Laimjala_vallavalitsus, lk 40
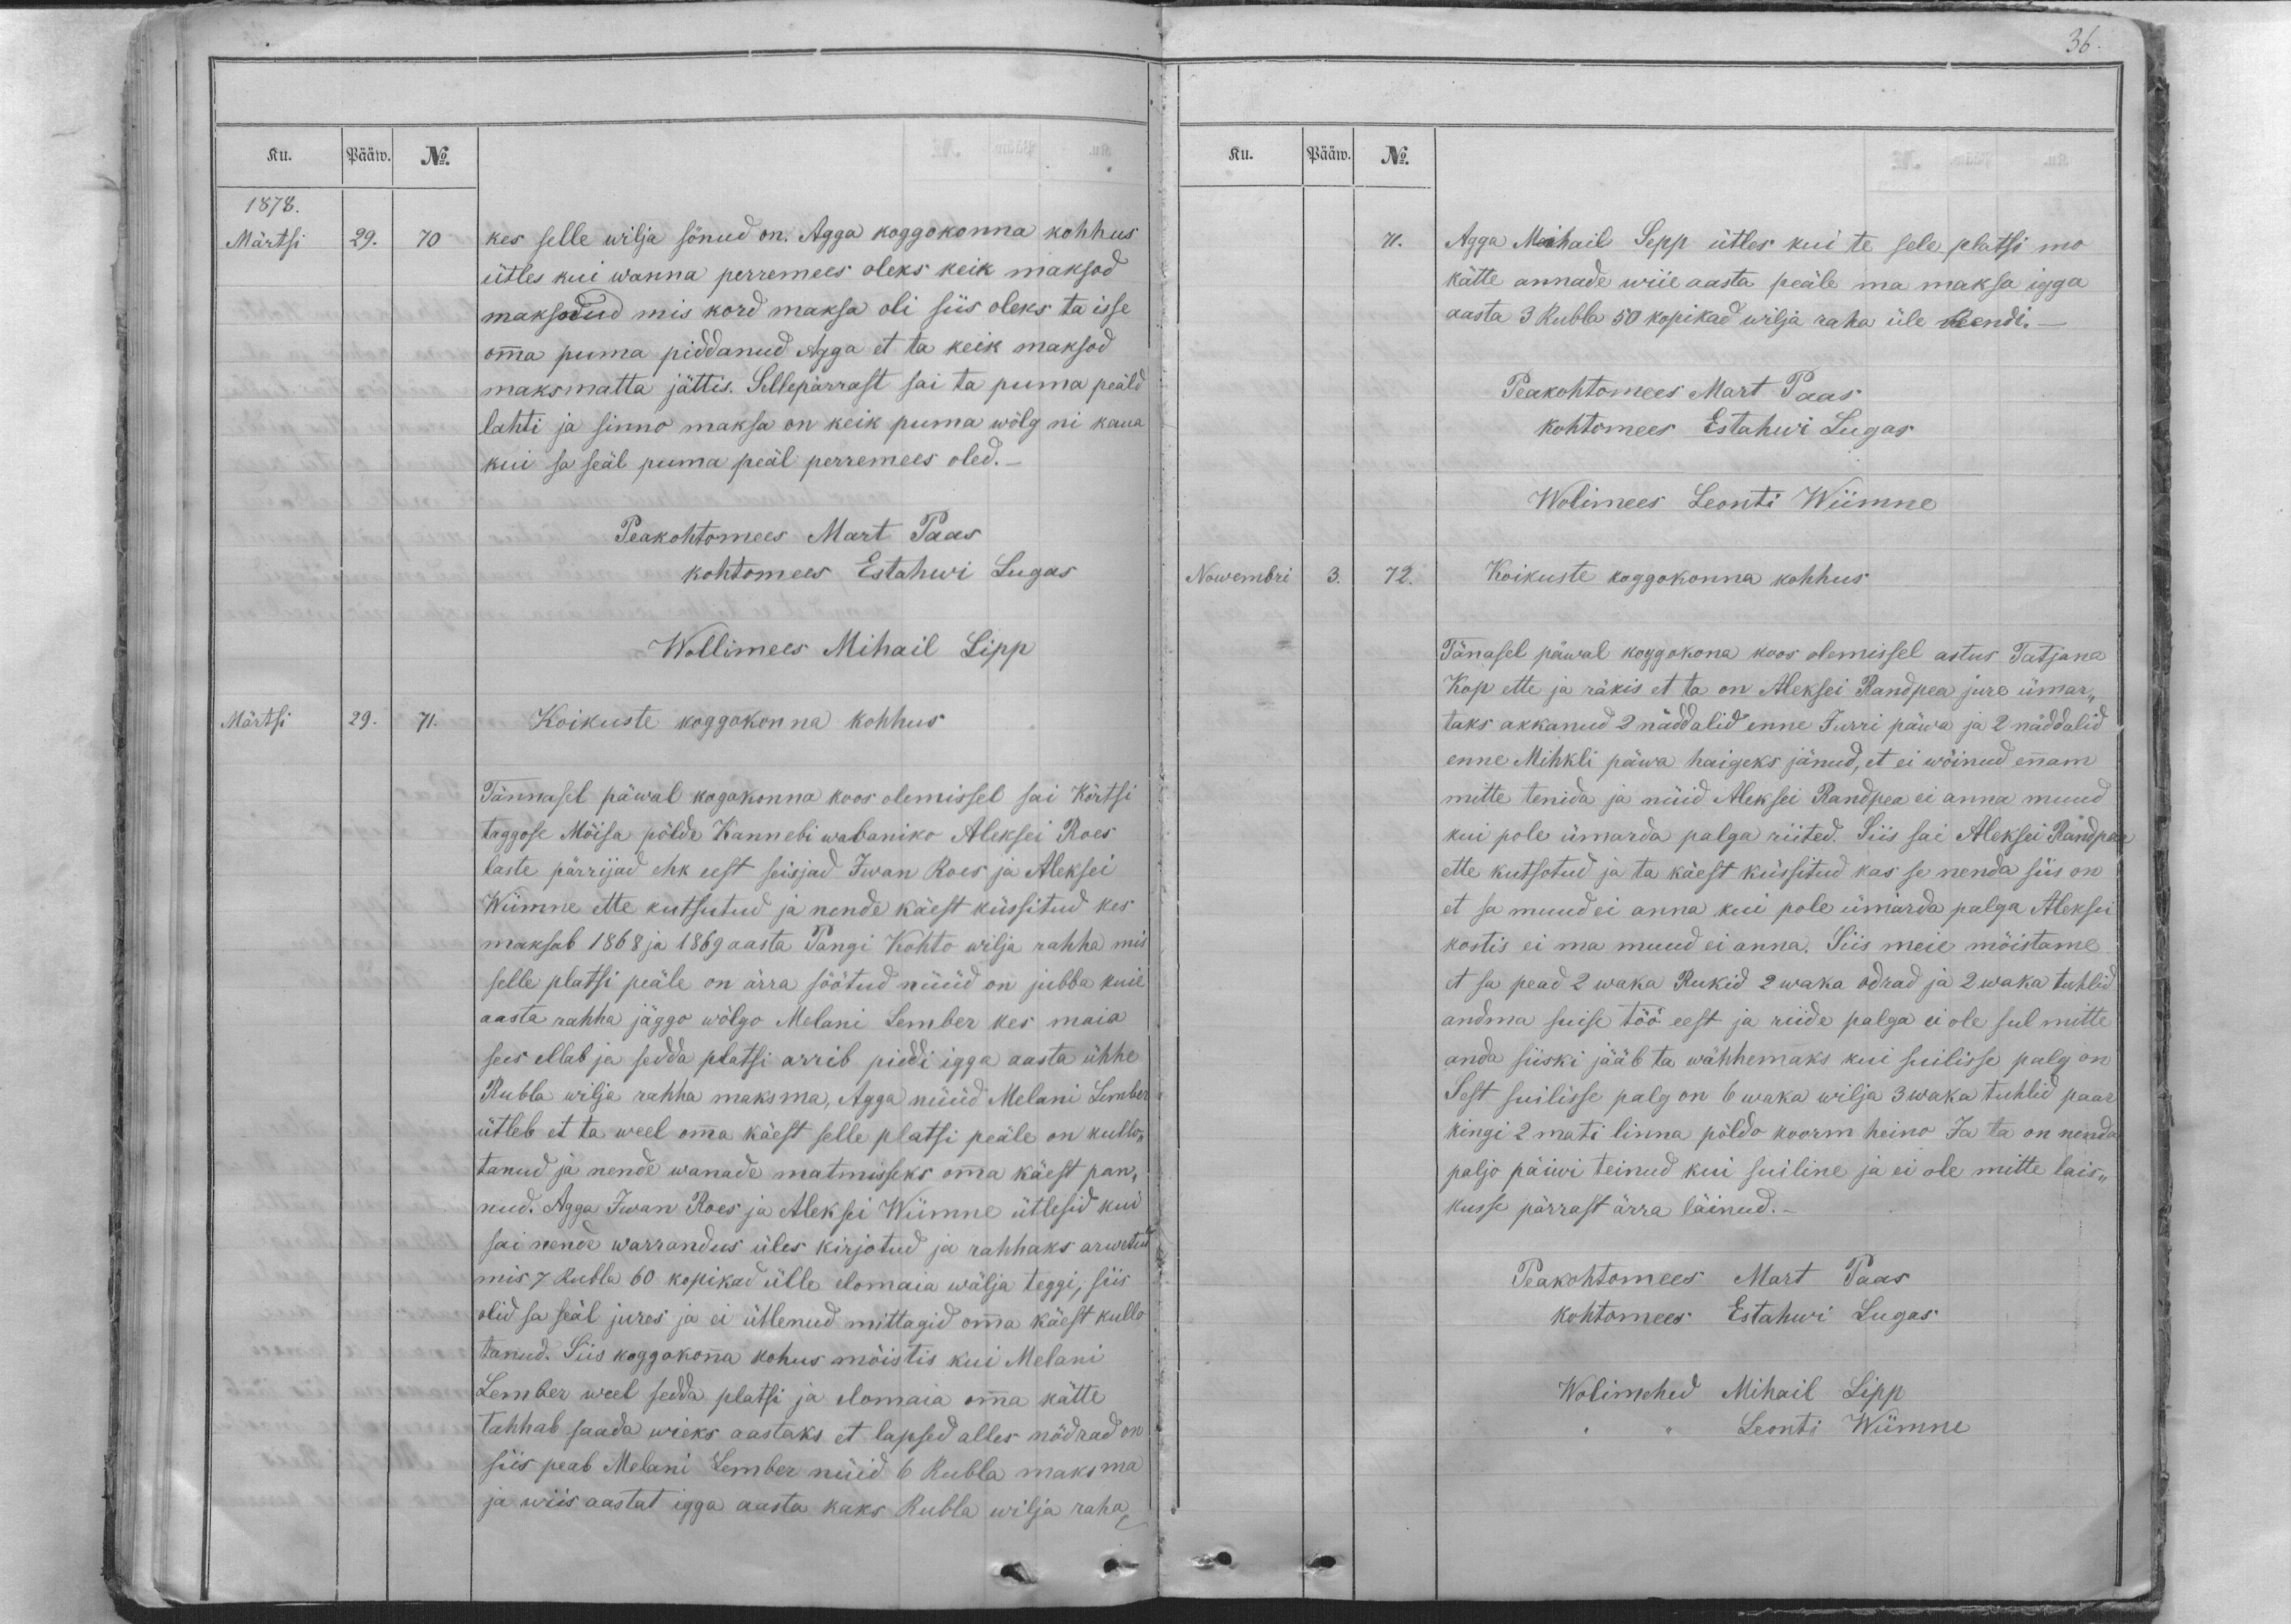
Ku.
Pääw.
No.
1878.
Märtsi
29.
70
kes selle wilja sönud on. Agga koggokonna kohhus
ütles kui wanna perremees oleks keik maksod
maksnud mis kord maksa oli siis oleks ta isse
omma puma piddanud Agga et ta keik maksod
maksmatta jättis. Sellepärrast sai ta panna peäld
lahti ja sinno maksa on keik puma wölg ni kaua
kui sa seal puma peäl perremees oled._
Peakohtomees Mart Paas
kohtomees Estahwi Lugas
Wollimees Mihail Lipp
Märtsi
29.
71.
Koikuste koggokonna kohhus
Tännasel päwal kogokonna koos olemissel sai Körtsi
taggose Möisa pölde Kannebi wabaniko Aleksei Roes
laste pärrijad ehk eest seisjad Iwan Roes ja Aleksei
Wiimne ette kutsutud ja nende käest küssitud kes
maksab 1868 ja 1869 aasta Pangi Kohto wilja rahha mis
selle platsi peäle on ärra söötud nüüd on jubba kuie
aasta rahha jäggo wölgo Melani Lember kes maia
sees ellab ja sedda platsi arrib piddi igga aasta ühhe
Rubla wilja rahha maksma, Agga nüüd Melani Lember
ütleb et ta weel omma käest selle platsi peäle on kullo-
tanud ja nende wanade matmisseks omma käest pan-
nud. Agga Iwan Roes ja Aleksei Wiimne ütlesid kui
sai nende warrandus üles kirjotud ja rahhaks arwetud,
mis 7 Rubla 60 kopikad ülle elomaia wälja teggi, siis
olid sa seäl jures ja ei ütlenud mittagid omma käest kullo
tanud. Siis koggokonna kohus möistis kui Melani
Lember weel sedda platsi ja elomaia omma kätte
tahhab saada wieks aastaks et lapsed alles nõdrad on
siis peab Melani Lember nüid 6 Rubla maksma
ja wiis aastat igga aasta kaks Rubla wilja raha,

36.
Ku.
Pääw.
No.
71.
Agga Mihail Sepp ütles kui te sele platsi mo
kätte annade wiie aasta peäle ma maksa igga
aasta 3 Rubla 50 kopikad wilja raha üle Rendi._
Peakohtomees Mart Paas
kohtomees Estahwi Lugas
Wolimees Leonti Wiimne
Nowembri
3.
72.
Koikuste koggokonna kohhus
Tänasel päwal koggokona koos olemissel astus Tatjana
Kop ette ja räkis et ta on Aleksei Randpea jure ümar-
taks akkanud 2 näddalid enne Jurri päwa ja 2 näddalid
enne Mihkli päwa haigeks jänud, et ei wöinud ennam
mitte tenida ja nüid Aleksei Randpea ei anna muud
kui pole ümarda palga riited. Siis sai Aleksei Randpea
ette kutsotud ja ta käest küssitud kas se nenda siis on
et sa muud ei anna kui pole ümarda palga Aleksei
kostis ei ma muud ei anna. Siis meie mõistame
et sa pead 2 waka Rukid 2 waka odrad ja 2 waba tuhlid
andma suise töö eest ja riide palga ei ole sul mitte
anda siiski jääb ta wähhemaks kui suilisse palg on
Sest suilisse palg on 6 waka wilja 3 waka tuhlid paar
kingi 2 mati linna pöldo koorm heino Ja ta on nenda
paljo päiwi teinud kui suiline ja ei ole mitte lais-
kusse pärrast ärra läinud._
Peakohtomees Mart Paas
kohtomees Estahwi Lugas.
,, ,, Leonti Wiimne